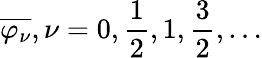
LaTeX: {\overline{{\varphi_{\nu}}}},\nu=0,{\frac{1}{2}},1,{\frac{3}{2}},\ldots